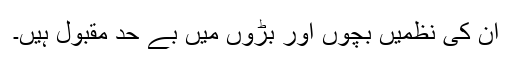
ان کی نظمیں بچوں اور بڑوں میں بے حد مقبول ہیں۔